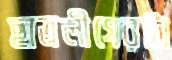
ছাত্রলীগেরটা